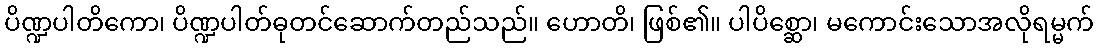
ပိဏ္ဍပါတိကော၊ ပိဏ္ဍပါတ်ဓုတင်ဆောက်တည်သည်။ ဟောတိ၊ ဖြစ်၏။ ပါပိစ္ဆော၊ မကောင်းသောအလိုရမ္မက်